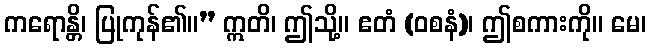
ကရောန္တိ၊ ပြုကုန်၏။” ဣတိ၊ ဤသို့။ ဧတံ (ဝစနံ)၊ ဤစကားကို။ မေ၊